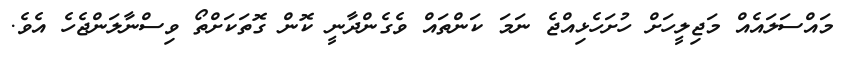
މައްސަލައެއް މަޖިލީހަށް ހުށަހެޅިއްޖެ ނަމަ ކަންތައް ވެގެންދާނީ ކޮން ގޮތަކަށްތޯ ވިސްނާލަންޖެހެ އެވެ.